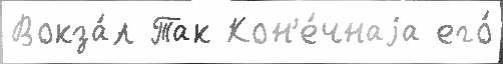
Вокза́л Так Кон'е́чнаjа его́